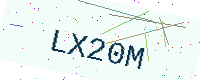
Text: LX20M